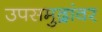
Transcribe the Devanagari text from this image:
उपसमुद्रांवर